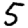
Digit: 5